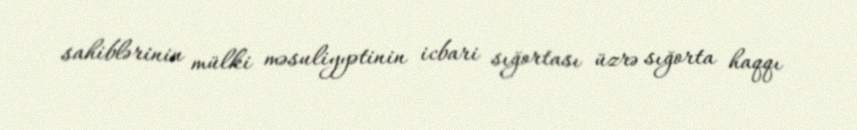
sahiblərinin mülki məsuliyyətinin icbari sığortası üzrə sığorta haqqı